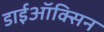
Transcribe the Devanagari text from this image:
डाईऑक्सिन